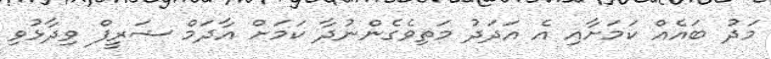
މަދު ބައެއް ކަމަށާއި އެ އަދަދު މަތިވެގެންނުދާ ކަމަށް އާދަމް ޝަރީފް ވިދާޅުވި